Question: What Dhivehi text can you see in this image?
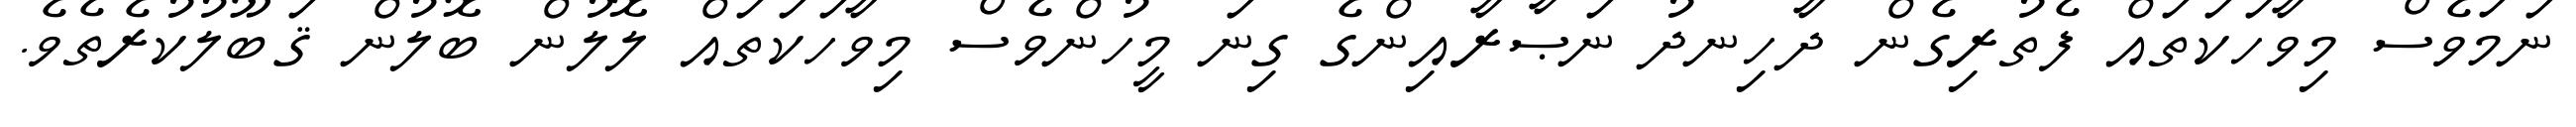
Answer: ނަމަވެސް މިވާހަކަތައް ފެތުރިގެން ދާހިނދު ނަޞާރާއިންގެ ގިނަ މީހުންވެސް މިވާހަކަތައް ލޮލުން ބޮލުން ޤަބޫލުކުރެތެވެ.